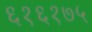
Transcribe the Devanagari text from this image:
६१६१७५